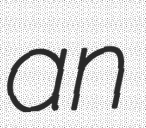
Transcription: an